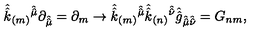
\hat { \hat { k } } _ { ( m ) } { } ^ { \hat { \hat { \mu } } } \partial _ { \hat { \hat { \mu } } } = \partial _ { m } \rightarrow \hat { \hat { k } } _ { ( m ) } { } ^ { \hat { \hat { \mu } } } \hat { \hat { k } } _ { ( n ) } { } ^ { \hat { \hat { \nu } } } \hat { \hat { g } } _ { \hat { \hat { \mu } } \hat { \hat { \nu } } } = G _ { n m } ,